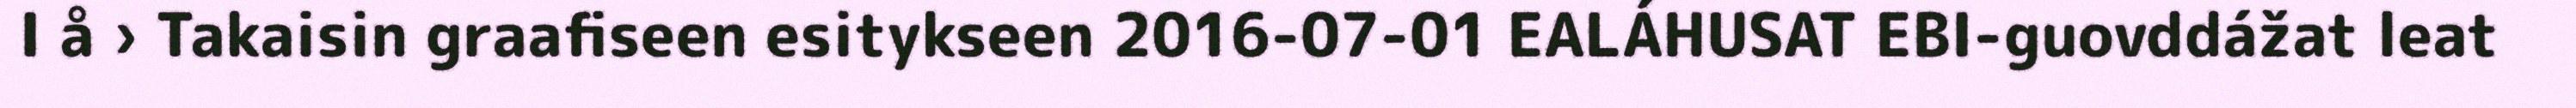
I å › Takaisin graafiseen esitykseen 2016-07-01 EALÁHUSAT EBI-guovddážat leat